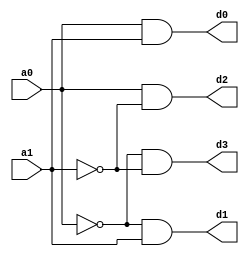
module decoder2_to_4(
    input a0, a1,
    output d0, d1, d2, d3
);

assign d0 = a0 & a1;
assign d1 = ~a0 & a1;
assign d2 = a0 & ~a1;
assign d3 = ~a0 & ~a1;

endmodule // decoder_2to_4